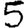
Digit: 5